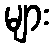
များ